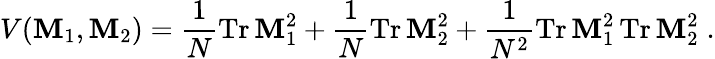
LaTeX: V(\mathbf{M}_{1},\mathbf{M}_{2})=\frac{{1}}{{N}}\mathrm{{Tr}}\, \mathbf{M}_{1}^{2}+\frac{{1}}{{N}}\mathrm{{Tr}}\, \mathbf{M}_{2}^{2}+\frac{{1}}{{N^{2}}}\mathrm{{Tr}}\, \mathbf{M}_{1}^{2}\, \mathrm{{Tr}}\, \mathbf{M}_{2}^{2}\; .